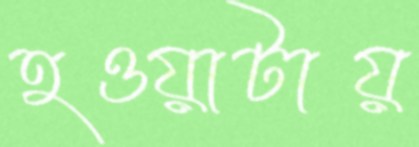
হওয়াটায়